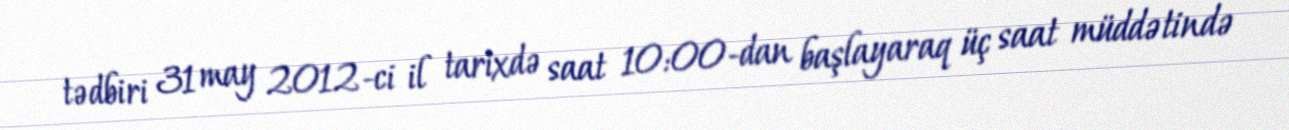
tədbiri 31 may 2012-ci il tarixdə saat 10:00-dan başlayaraq üç saat müddətində